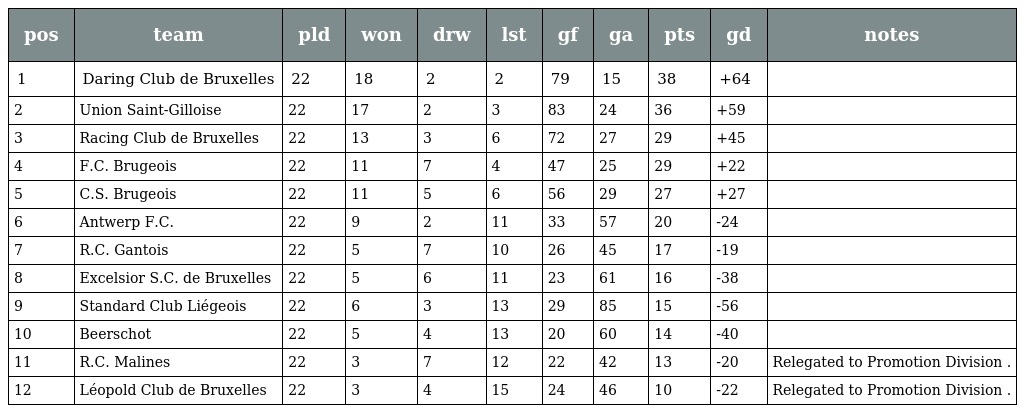
| pos | team | pld | won | drw | lst | gf | ga | pts | gd | notes |
 | --- | --- | --- | --- | --- | --- | --- | --- | --- | --- | --- |
 | 1 | Daring Club de Bruxelles | 22 | 18 | 2 | 2 | 79 | 15 | 38 | +64 |  |
 | 2 | Union Saint-Gilloise | 22 | 17 | 2 | 3 | 83 | 24 | 36 | +59 |  |
 | 3 | Racing Club de Bruxelles | 22 | 13 | 3 | 6 | 72 | 27 | 29 | +45 |  |
 | 4 | F.C. Brugeois | 22 | 11 | 7 | 4 | 47 | 25 | 29 | +22 |  |
 | 5 | C.S. Brugeois | 22 | 11 | 5 | 6 | 56 | 29 | 27 | +27 |  |
 | 6 | Antwerp F.C. | 22 | 9 | 2 | 11 | 33 | 57 | 20 | -24 |  |
 | 7 | R.C. Gantois | 22 | 5 | 7 | 10 | 26 | 45 | 17 | -19 |  |
 | 8 | Excelsior S.C. de Bruxelles | 22 | 5 | 6 | 11 | 23 | 61 | 16 | -38 |  |
 | 9 | Standard Club Liégeois | 22 | 6 | 3 | 13 | 29 | 85 | 15 | -56 |  |
 | 10 | Beerschot | 22 | 5 | 4 | 13 | 20 | 60 | 14 | -40 |  |
 | 11 | R.C. Malines | 22 | 3 | 7 | 12 | 22 | 42 | 13 | -20 | Relegated to Promotion Division . |
 | 12 | Léopold Club de Bruxelles | 22 | 3 | 4 | 15 | 24 | 46 | 10 | -22 | Relegated to Promotion Division . |